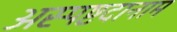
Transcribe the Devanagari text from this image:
अस्पष्टदानाम